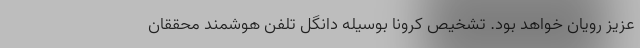
عزیز رویان خواهد بود. تشخیص کرونا بوسیله دانگل تلفن هوشمند محققان